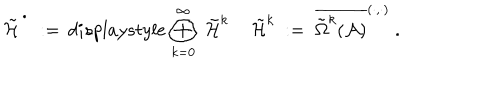
\tilde { { \mathcal H } } ^ { \, ^ { \bullet } } \ : = \, d i s p l a y s t y l e \bigoplus _ { k = 0 } ^ { \infty } \ \tilde { { \mathcal H } } ^ { k } \, \quad \tilde { { \mathcal H } } ^ { k } \ : = \ \overline { { { \tilde { \Omega } ^ { k } ( { \mathcal A } ) } } } ^ { ( \cdot , \cdot ) } \ .